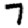
Digit: 7